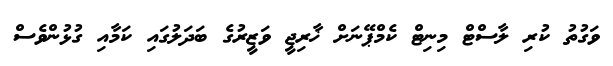
ވަގުތު ކުރި ލާސްޓް މިނިޓް ކެމްޕޭނަށް ޚާރިޖީ ވަޒީރުގެ ބަދަލުގައި ކަމާއި ގުޅުންވެސް